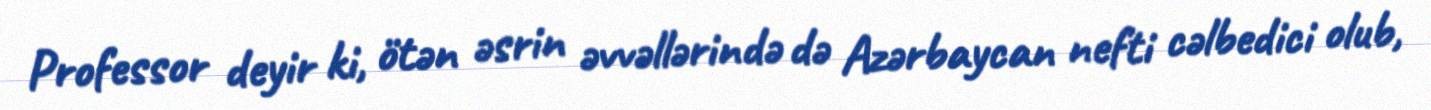
Professor deyir ki, ötən əsrin əvvəllərində də Azərbaycan nefti cəlbedici olub,